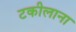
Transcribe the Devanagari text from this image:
टकीलाना